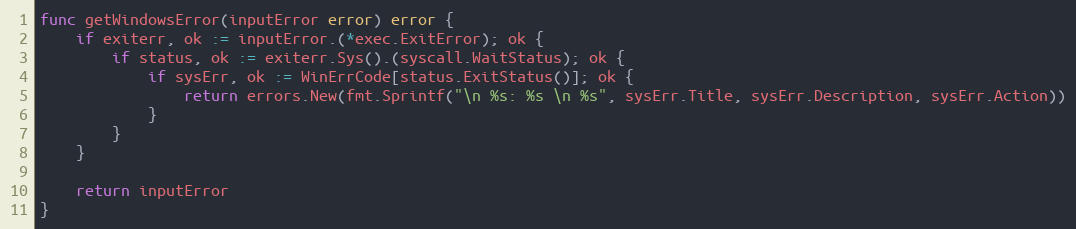
Language: Go
func getWindowsError(inputError error) error {
	if exiterr, ok := inputError.(*exec.ExitError); ok {
		if status, ok := exiterr.Sys().(syscall.WaitStatus); ok {
			if sysErr, ok := WinErrCode[status.ExitStatus()]; ok {
				return errors.New(fmt.Sprintf("\n %s: %s \n %s", sysErr.Title, sysErr.Description, sysErr.Action))
			}
		}
	}

	return inputError
}